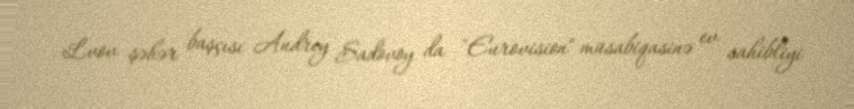
Lvov şəhər başçısı Andrey Sadovoy da "Eurovision" müsabiqasinə ev sahibliyi